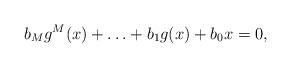
LaTeX: \begin{align*}b_Mg^M(x)+\ldots+b_1g(x)+b_0x=0,\end{align*}